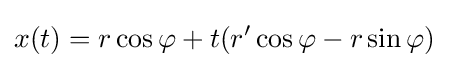
x(t)=r\cos \varphi +t(r'\cos \varphi -r\sin \varphi )\